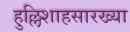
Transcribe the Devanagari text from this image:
हुल्लिशाहसारख्या